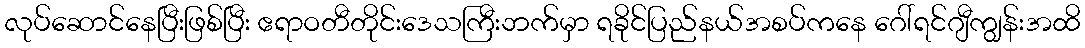
လုပ်ဆောင်နေပြီးဖြစ်ပြီး ဧရာဝတီတိုင်းဒေသကြီးဘက်မှာ ရခိုင်ပြည်နယ်အစပ်ကနေ ဂေါ်ရင်ဂျီကျွန်းအထိ